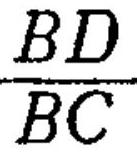
$\frac{BD}{BC}$